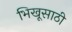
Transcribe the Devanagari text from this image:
भिखूसाठी